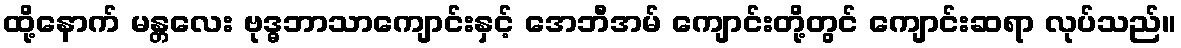
ထို့နောက် မန္တလေး ဗုဒ္ဓဘာသာကျောင်းနှင့် အေဘီအမ် ကျောင်းတို့တွင် ကျောင်းဆရာ လုပ်သည်။